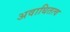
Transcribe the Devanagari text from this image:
अवाधितत्व